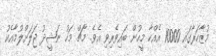
މުޒާހަރާގައި 10000 އެއްހާ މީހުން ބައިވެރިވި އެވެ. މާޗް މަހު ނަޝީދު ޖަލަށްލުމާއެކު